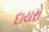
દાયરો